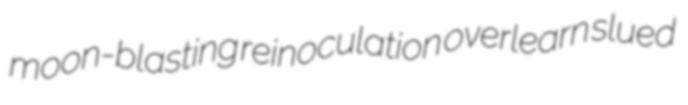
moon-blasting reinoculation overlearn slued